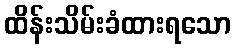
ထိန်းသိမ်းခံထားရသော